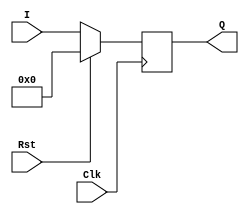
`timescale 1ns / 1ps
//////////////////////////////////////////////////////////////////////////////////
// Company: 
// Engineer: 
// 
// Design Name: 
// Module Name:    Eight_Bit_Reg 
// Project Name: 
// Target Devices: 
// Tool versions: 
// Description: 
//
// Dependencies: 
//
// Revision: 
// Revision 0.01 - File Created
// Additional Comments: 
//
//////////////////////////////////////////////////////////////////////////////////
module Eight_Bit_Reg(I, Q, Clk, Rst);

	input [7:0] I;
	output [7:0] Q;
	reg [7:0] Q;
	input Clk, Rst;
	
	always @(posedge Clk) begin
		if (Rst == 1)
			Q <= 8'b00000000;
		else
			Q <= I;
	end
endmodule